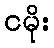
ငမိုး